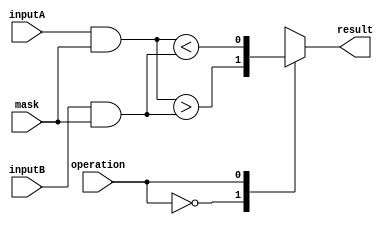
module MaskedComparator (
    input [7:0] inputA,
    input [7:0] inputB,
    input [7:0] mask,
    input operation,
    output result
);

reg [7:0] maskedInputA;
reg [7:0] maskedInputB;

assign maskedInputA = inputA & mask;
assign maskedInputB = inputB & mask;

always @(*) begin
    case(operation)
        0: result = maskedInputA > maskedInputB;
        1: result = maskedInputA < maskedInputB;
        2: result = maskedInputA == maskedInputB;
        //add more operations as needed
        default: result = 0; //default to false
    endcase
end

endmodule